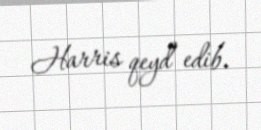
Harris qeyd edib.